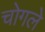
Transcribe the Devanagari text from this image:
चोगले